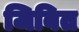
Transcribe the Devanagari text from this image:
जिबित